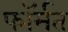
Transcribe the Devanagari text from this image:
फॉर्मत